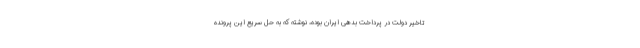
تاخیر دولت در پرداخت بدهی ایران بوده، نوشته که به حل سریع این پرونده